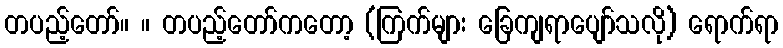
တပည့်တော်။ ။ တပည့်တော်ကတော့ (ကြက်များ ခြေကျရာပျော်သလို) ရောက်ရာ